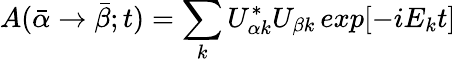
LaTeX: A(\bar{\alpha}\rightarrow\bar{\beta};t)=\sum_{k}U_{\alpha k}^{*}U_{\beta k}\, exp[-iE_{k}t]